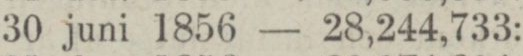
„ 30 juni 1856 — 28,244,733: —